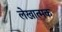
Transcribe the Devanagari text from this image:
लेखात्मक